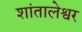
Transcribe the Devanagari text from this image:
शांतालेश्वर